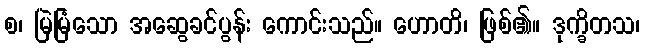
စ၊ မြဲမြံသော အဆွေခင်ပွန်း ကောင်းသည်။ ဟောတိ၊ ဖြစ်၏။ ဒုက္ခိတသ၊